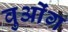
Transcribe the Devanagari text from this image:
वुओंग